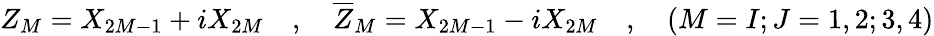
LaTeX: Z_{M}=X_{2M-1}+iX_{2M}\quad,\quad\overline{{{Z}}}_{M}=X_{2M-1}-iX_{2M}\quad,\quad(M=I;J=1,2;3,4)